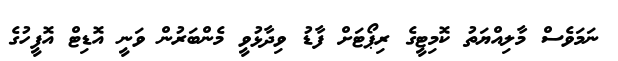
ނަމަވެސް މާލިއްޔަތު ކޮމިޓީގެ ރިޕޯޓަށް ފާޑު ވިދާޅުވީ މެންބަރުން ވަނީ އޮޑިޓް އޮފީހުގެ